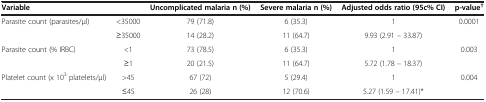
<table><thead><tr><td><b>Variable</b></td><td><b> </b></td><td><b>Uncomplicated malaria n (%)</b></td><td><b>Severe malaria n (%)</b></td><td><b>Adjusted odds ratio (95c% CI)</b></td><td><b>p-value<sup>†</sup></b></td></tr></thead><tbody><tr><td rowspan="2">Parasite count (parasites/μl)</td><td>&lt;35000</td><td>79 (71.8)</td><td>6 (35.3)</td><td>1</td><td rowspan="2">0.0001</td></tr><tr><td>≥35000</td><td>14 (28.2)</td><td>11 (64.7)</td><td>9.93 (2.91 – 33.87)</td></tr><tr><td rowspan="2">Parasite count (% IRBC)</td><td>&lt;1</td><td>73 (78.5)</td><td>6 (35.3)</td><td>1</td><td rowspan="2">0.003</td></tr><tr><td>≥1</td><td>20 (21.5)</td><td>11 (64.7)</td><td>5.72 (1.78 – 18.37)</td></tr><tr><td>Platelet count (x 10<sup>3</sup> platelets/μl)</td><td>&gt;45</td><td>67 (72)</td><td>5 (29.4)</td><td>1</td><td>0.004</td></tr><tr><td> </td><td>≤45</td><td>26 (28)</td><td>12 (70.6)</td><td>5.27 (1.59 – 17.41)*</td><td> </td></tr></tbody></table>